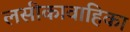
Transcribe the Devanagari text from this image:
लसीकावाहिका